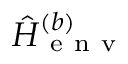
\hat { H } _ { \mathrm { ~ e ~ n ~ v ~ } } ^ { ( b ) }